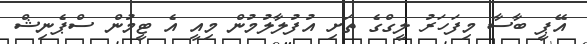
އޭޕީ ބާސާ މިފަހަރު ލީގްގެ ތަށި އުފުލާލުމުން މިއީ އެ ޓީމުން ސްޕެނިޝް